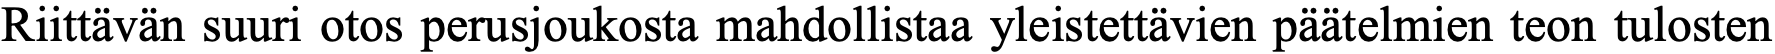
Riittävän suuri otos perusjoukosta mahdollistaa yleistettävien päätelmien teon tulosten